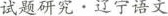
试题研究 · 辽宁语文